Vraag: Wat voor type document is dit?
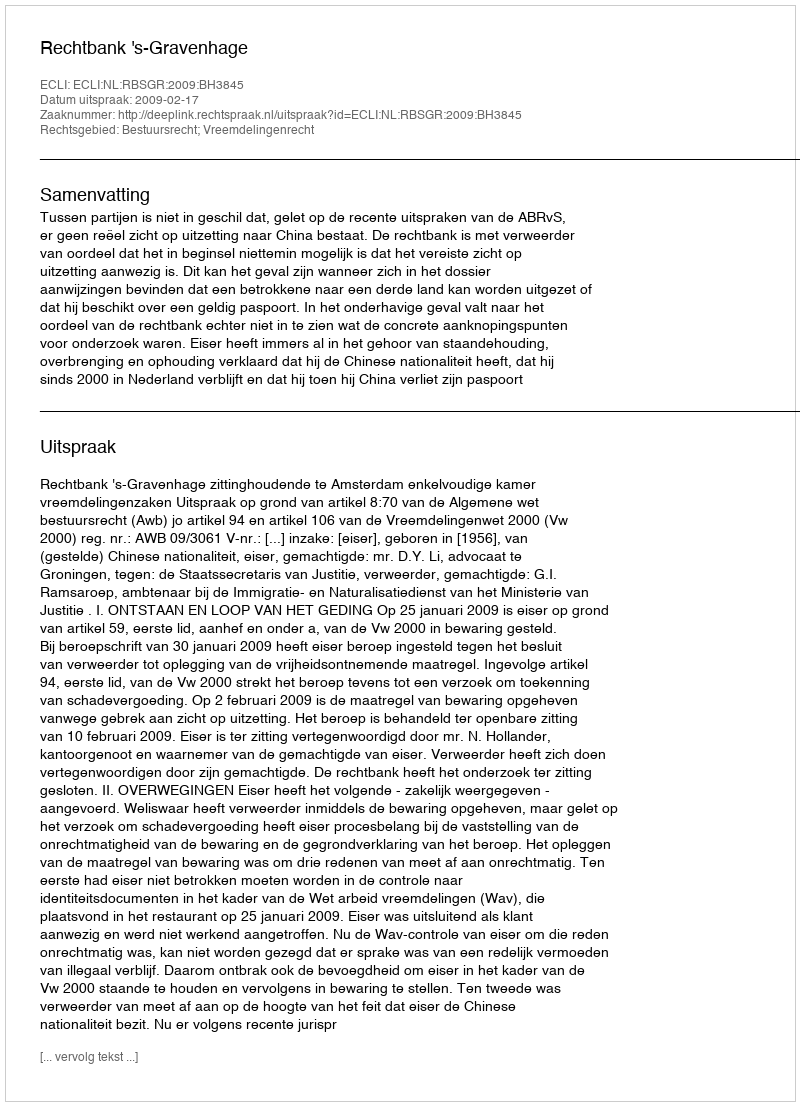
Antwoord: Uitspraak